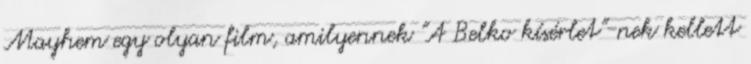
Mayhem egy olyan film, amilyennek "A Belko kísérlet"-nek kellett